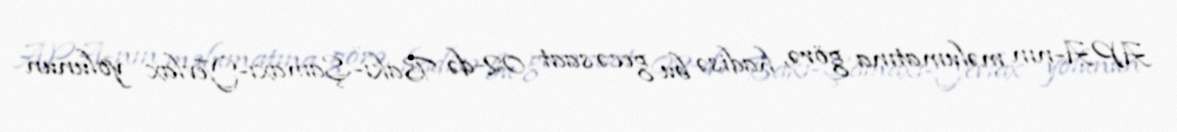
APA-nın məlumatına görə, hadisə bu gecə saat 02-də Bakı-Şamaxı-Yevlax yolunun